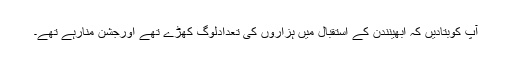
آپ کوبتادیں کہ ابھینندن کے استقبال میں ہزاروں کی تعدادلوگ کھڑے تھے اورجشن منارہے تھے۔